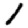
Digit: 1